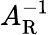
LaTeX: A_{\mathrm{R}}^{-1}